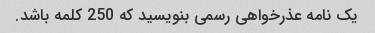
یک نامه عذرخواهی رسمی بنویسید که 250 کلمه باشد.